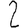
Digit: 2